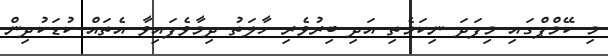
މި ކޭމްޕްގައި މިފަދަ ނިކަމެތި އަދި ބިރުވެރި ހާލަތު ދިމާވެފައިވާ އެތައް ކުޑަކުދިން